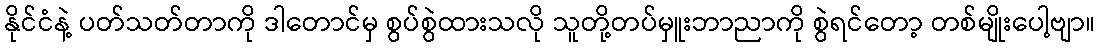
နိုင်ငံနဲ့ ပတ်သတ်တာကို ဒါတောင်မှ စွပ်စွဲထားသလို သူတို့တပ်မှူးဘာညာကို စွဲရင်တော့ တစ်မျိုးပေါ့ဗျာ။